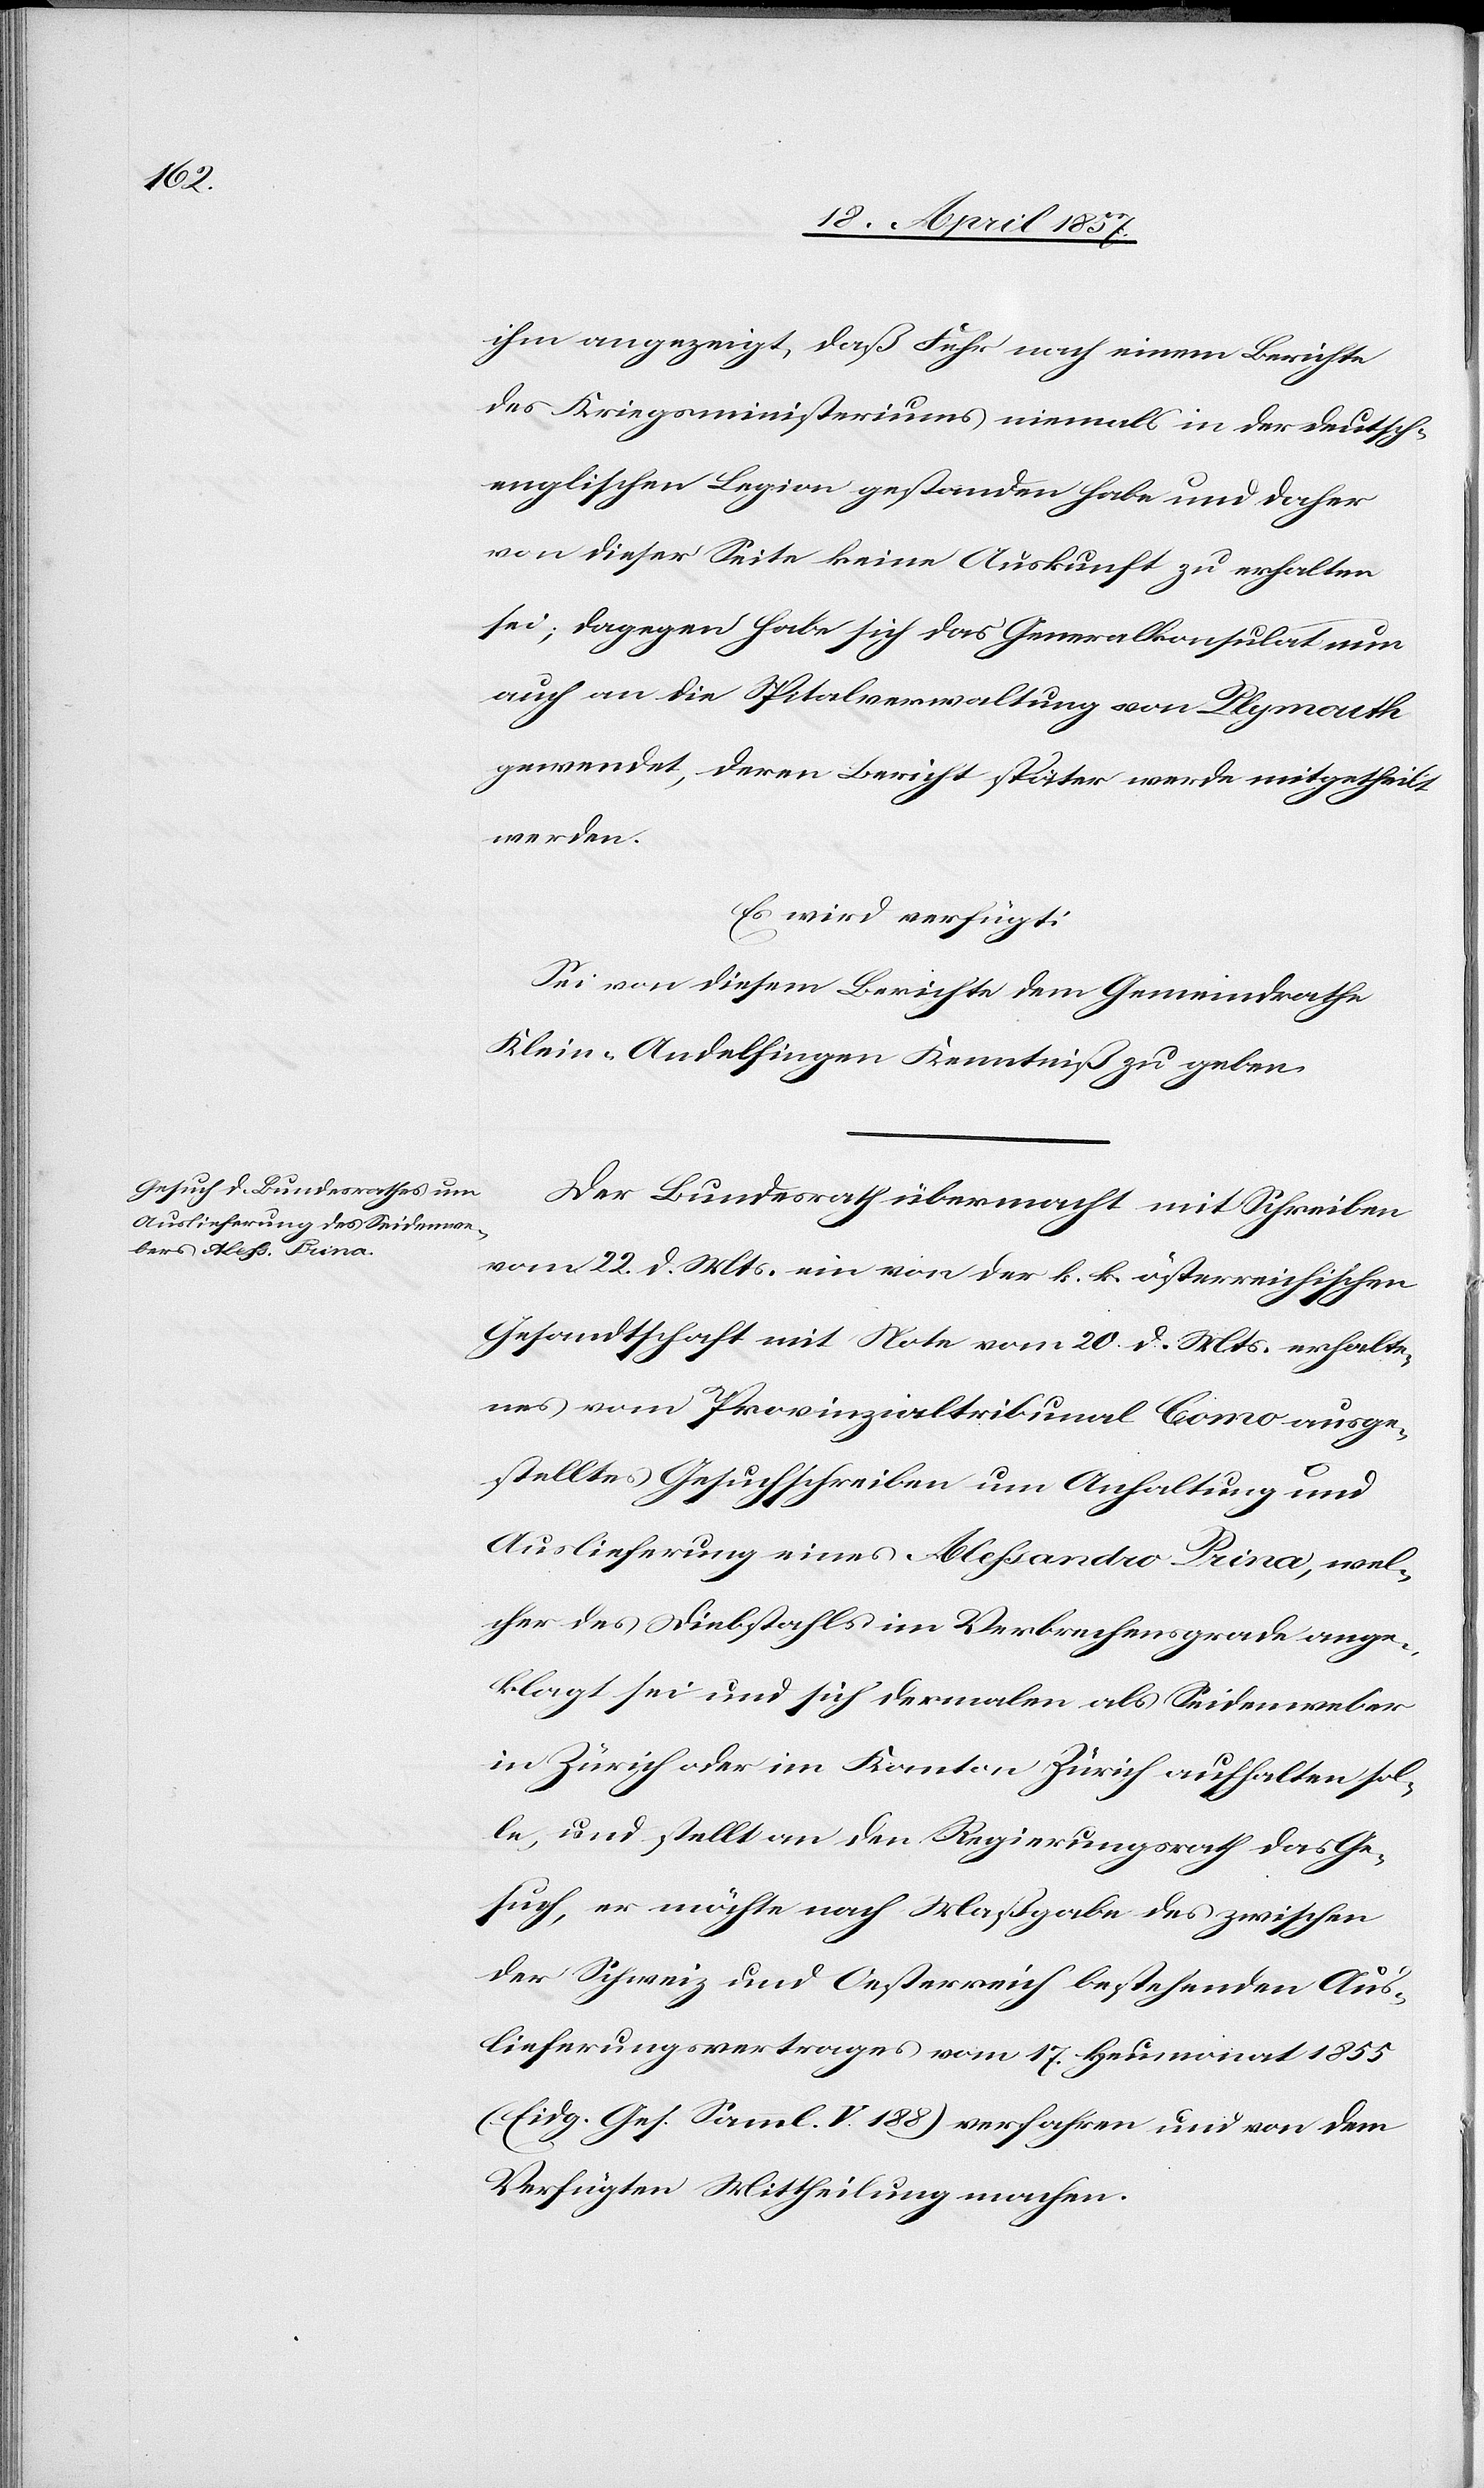
23. April 1857.]
ihm angezeigt, daß Fehr nach einem Berichte
des Kriegsministeriums niemals in der deutsch-e¬
nglischen Legion gestanden habe und daher
von dieser Seite keine Auskunft zu erhalten
sei; dagegen habe sich das Generalkonsulat nun
auch an die Spitalverwaltung von Plymouth
gewendet, deren Bericht später werde mitgetheilt
werden.
Es wird verfügt:
Sei von diesem Berichte dem Gemeindrathe
Klein-Andelfingen Kenntniß zu geben.
Der Bundesrath übermacht mit Schreiben
vom 22. d. Mts. ein von der k. k. österreichischen
Gesandtschaft mit Note vom 20. d. Mts. erhalte¬
nes vom Provinzialtribunal Como ausge¬
stelltes Gesuchschreiben um Anhaltung und
Auslieferung eines Alessandro Prina, wel¬
cher des Diebstahls im Verbrechensgrade ange¬
klagt sei und sich dermalen als Seidenweber
in Zürich oder im Kanton Zürich aufhalten sol¬
le, und stellt an den Regierungsrath das Ge¬
such, er möchte nach Maßgabe des zwischen
der Schweiz und Oesterreich bestehenden Aus¬
lieferungsvertrages vom 17. Heumonat 1855
(Eidg. Ges. Saml. V. 188) verfahren und von dem
Verfügten Mittheilung machen.